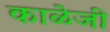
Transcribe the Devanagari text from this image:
काळेजी